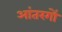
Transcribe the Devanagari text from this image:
आंतरगों